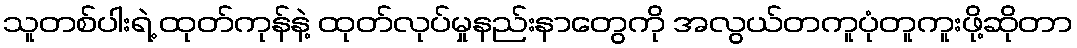
သူတစ်ပါးရဲ့ ထုတ်ကုန်နဲ့ ထုတ်လုပ်မှုနည်းနာတွေကို အလွယ်တကူပုံတူကူးဖို့ဆိုတာ